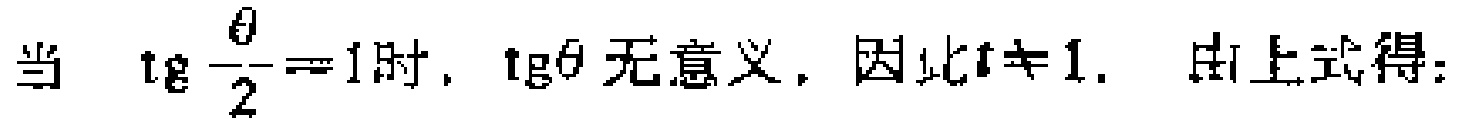
当 $\operatorname{tg} \frac{\theta}{2}=1$时, $\operatorname{tg}\theta$ 无意义, 因此$t\neq 1$. 由上式得: